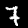
Label: 7